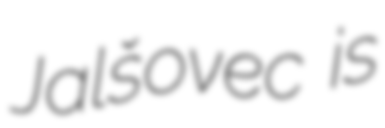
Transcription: Jalšovec is